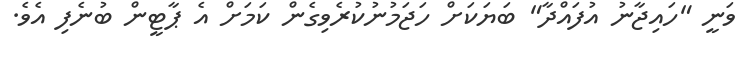
ވަނީ "ހައިޖާނު އުފައްދާ" ބަޔަކަށް ހަޖަމުނުކުރެވިގެން ކަމަށް އެ ޕާޓީން ބުނެފި އެވެ.